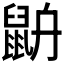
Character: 𪕄